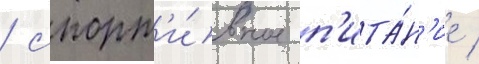
/ спорт'и́вное п'ита́н'ие /